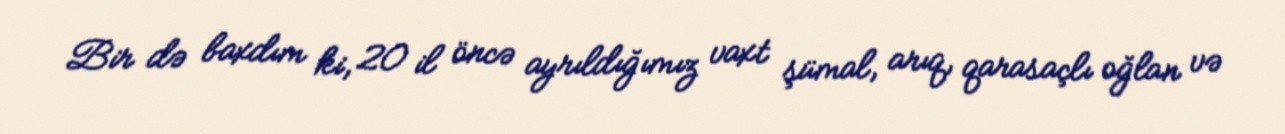
Bir də baxdım ki, 20 il öncə ayrıldığımız vaxt şümal, arıq, qarasaçlı oğlan və